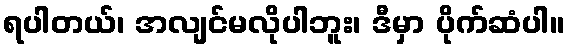
ရပါတယ်၊ အလျင်မလိုပါဘူး၊ ဒီမှာ ပိုက်ဆံပါ။